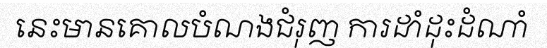
នេះមានគោលបំណងជំរុញ ការដាំដុះដំណាំ